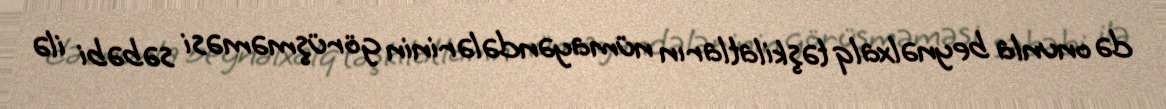
də onunla beynəlxalq təşkilatların nümayəndələrinin görüşməməsi səbəbi ilə